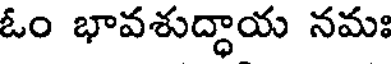
ఓం భావశుద్ధాయ నమః